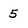
Character: 5